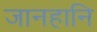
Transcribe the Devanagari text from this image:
जानहानि